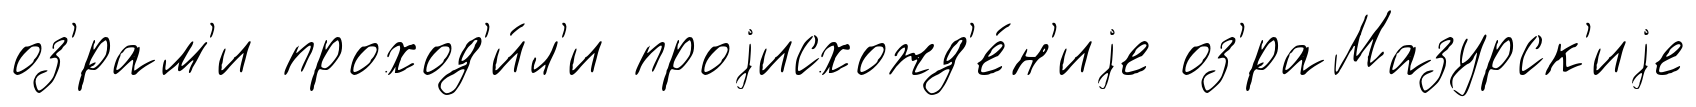
оз'́рам'и проход'и́л'и проjисхожд'е́н'иjе оз'́раМазурск'иjе